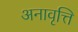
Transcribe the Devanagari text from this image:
अनावृत्ति